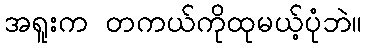
အရူးက တကယ်ကိုထုမယ့်ပုံဘဲ။